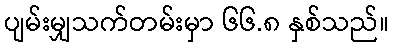
ပျမ်းမျှသက်တမ်းမှာ ၆၆.၈ နှစ်သည်။